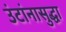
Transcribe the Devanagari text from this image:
उंटांनासुद्धा